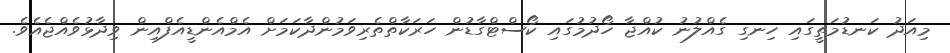
މިއަދު ކަނޑުމަތީގައި ހިނގި ގެއްލުނު ކުއްޖާ ހޯދުމުގައި ކޯސްޓްގާޑުން ހަރަކާތްތެރިވަމުންދާކަމަށް އެމްއެންޑީއެފްއިން ވިދާޅުވެއްޖެއެވެ.